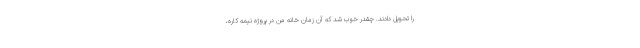
را تحویل دادند. چقدر خوب شد که آن زمان خانه من در پروژه نیمه کاره،